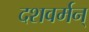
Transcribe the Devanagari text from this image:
दशवर्मन्‌